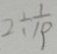
2 \div \frac { 1 } { 1 9 }